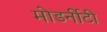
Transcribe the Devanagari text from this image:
मोडर्नीटी